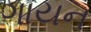
ગાયન